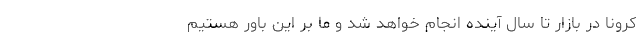
کرونا در بازار تا سال آینده انجام خواهد شد و ما بر این باور هستیم